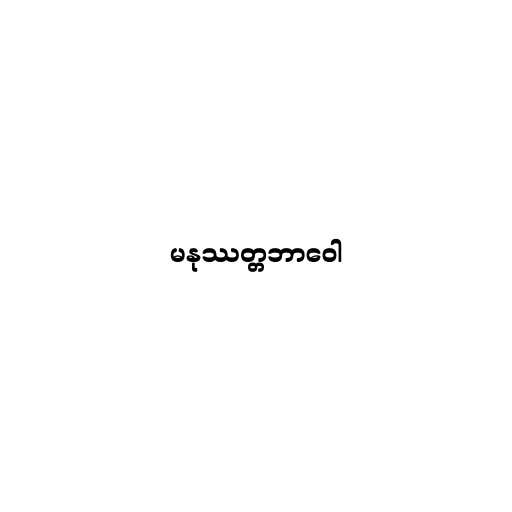
မနုဿတ္တဘာဝေါ